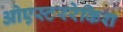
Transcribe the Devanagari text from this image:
ओएस्टररेकिश